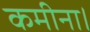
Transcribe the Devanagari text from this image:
कमीना।